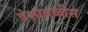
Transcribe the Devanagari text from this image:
वंशावळीस